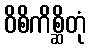
ဝိစိကိစ္ဆိတုံ